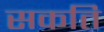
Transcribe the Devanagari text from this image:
सकति